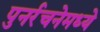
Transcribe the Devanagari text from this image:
पुनर्रचनेमध्ये